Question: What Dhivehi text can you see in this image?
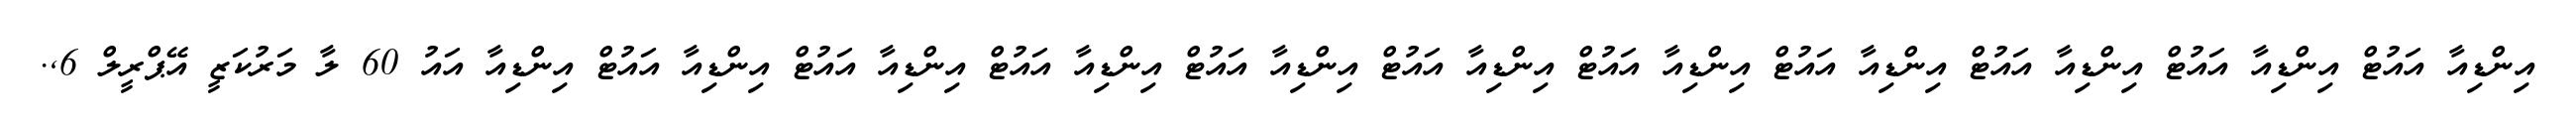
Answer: އިންޑިއާ އައުޓް އިންޑިއާ އައުޓް އިންޑިއާ އައުޓް އިންޑިއާ އައުޓް އިންޑިއާ އައުޓް އިންޑިއާ އައުޓް އިންޑިއާ އައުޓް އިންޑިއާ އައުޓް އިންޑިއާ އައުޓް އިންޑިއާ އައުޓް އިންޑިއާ އައު 60 ލާ މަރުކަޒީ އޭޕްރީލް 6,.